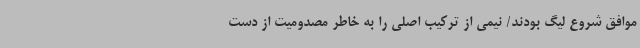
موافق شروع لیگ بودند/ نیمی از ترکیب اصلی را به خاطر مصدومیت از دست